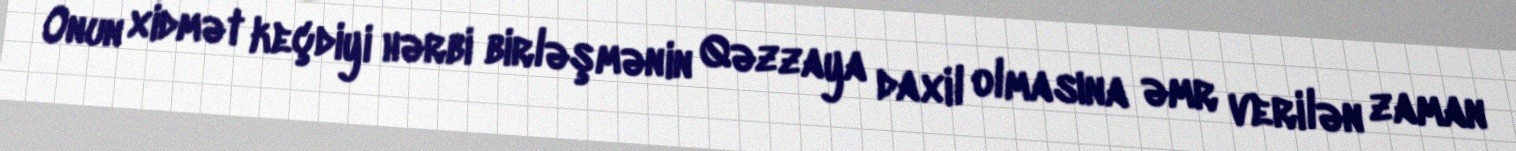
Onun xidmət keçdiyi hərbi birləşmənin Qəzzaya daxil olmasına əmr verilən zaman